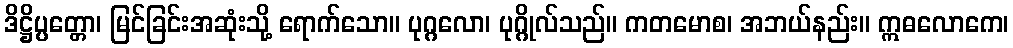
ဒိဋ္ဌိပ္ပတ္တော၊ မြင်ခြင်းအဆုံးသို့ ရောက်သော။ ပုဂ္ဂလော၊ ပုဂ္ဂိုလ်သည်။ ကတမောစ၊ အဘယ်နည်း။ ဣဓလောကေ၊